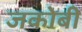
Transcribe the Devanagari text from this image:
जकोबी